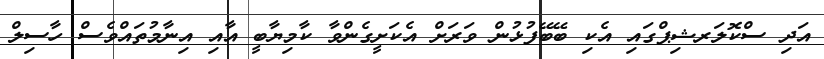
އަދި ސްކޮލަރޝިޕްގައި އެކި ބޭބޭފުޅުން ވަރަށް އެކަށީގެންވާ ކާމިޔާބީ އާއި އިނާމުތައްވެސް ހާސިލް